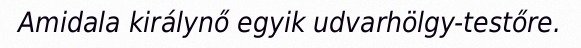
Amidala királynő egyik udvarhölgy-testőre.